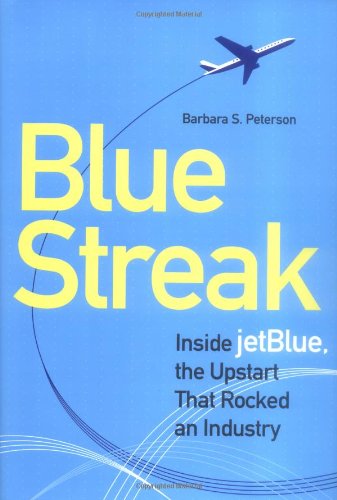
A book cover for Blue Streak: Inside jetBlue, the Upstart that Rocked an Industry; Barbara Peterson; Business & Money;